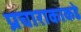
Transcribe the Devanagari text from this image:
प्रचाराकाकडे